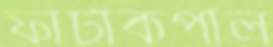
ফাটাকপাল